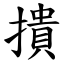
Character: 撌